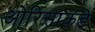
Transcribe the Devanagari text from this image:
ओरिसाकडे